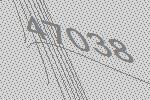
47038